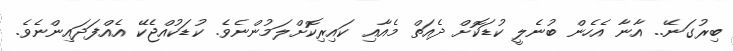
ބިރުގަނޭ.. އާނާ އެހެން ބުނެލީ ކުޑަކޮށް ދެއަތް މެއާއި ކައިރިކޮށްލަމުންނެވެ. ކުޑަކުއްޖެކޭ އެއްފަދައިންނެވެ.